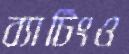
ব্যাটিংও